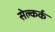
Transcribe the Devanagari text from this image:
सेल्कर्क